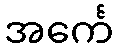
အင်္ကေ